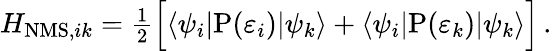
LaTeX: \begin{array}{r}{H_{\mathrm{NMS},ik}=\frac{1}{2}\Big[\langle\psi_{i}|\mathrm{P}(\varepsilon_{i})|\psi_{k}\rangle+\langle\psi_{i}|\mathrm{P}(\varepsilon_{k})|\psi_{k}\rangle\Big]\, .}\end{array}